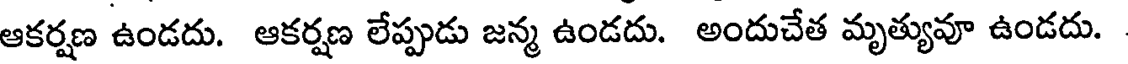
ఆకర్షణ ఉండదు. ఆకర్షణ లేప్పుడు జన్మ ఉండదు. అందుచేత మృత్యువూ ఉండదు.